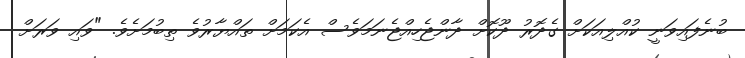
ބުނެފައިވަނީ ކުއްލިއަކަށް ގެދޮރު ދޫކޮށް ދާންޖެހިއްޖެނަމަވެސް އެކަމަށް ތައްޔާރުވެ ތިބުމަށެވެ. "ވައި ވަރަށް